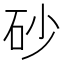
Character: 砂